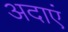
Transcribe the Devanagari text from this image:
अदाएं